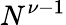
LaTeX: N^{\nu-1}